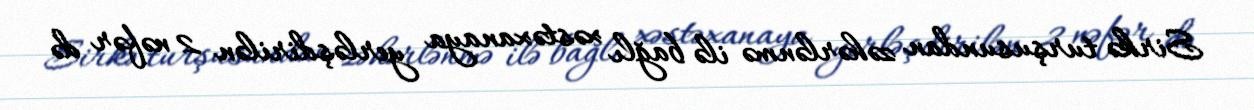
Sirkə turşusundan zəhərlənmə ilə bağlı xəstəxanaya yerləşdirilən 2 nəfər də